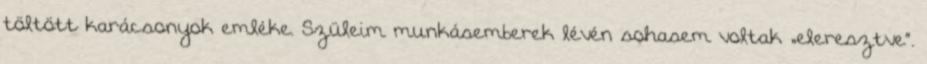
töltött karácsonyok emléke. Szüleim munkásemberek lévén sohasem voltak „eleresztve”.